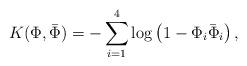
LaTeX: \begin{align*}K(\Phi,{\bar\Phi})=-\sum^4_{i=1}\log\left(1-\Phi_i{\bar\Phi}_i\right),\end{align*}